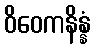
ဝိဝေကနိန္နံ